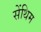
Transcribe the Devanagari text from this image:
सेंथिम